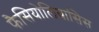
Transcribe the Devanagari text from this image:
फैसियोलियासिस